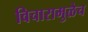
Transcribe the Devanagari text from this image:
विचारामुळेच